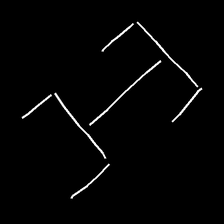
Glyph: entwine